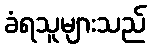
ခံရသူများသည်